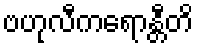
ဗဟုလီကရောန္တီတိ